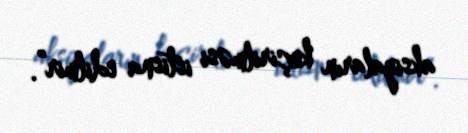
aksiyaların keçirilməsi istisna edilmir”.